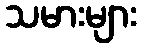
သမားများ